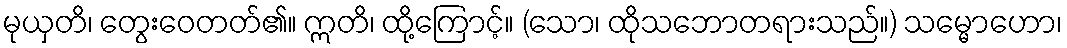
မုယှတိ၊ တွေးဝေတတ်၏။ ဣတိ၊ ထို့ကြောင့်။ (သော၊ ထိုသဘောတရားသည်။) သမ္မောဟော၊